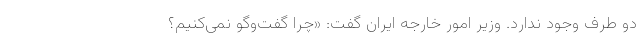
دو طرف وجود ندارد. وزیر امور خارجه ایران گفت: «چرا گفت‌وگو نمی‌کنیم؟